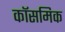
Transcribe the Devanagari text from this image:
कॉसमिक